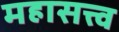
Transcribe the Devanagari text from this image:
महासत्त्व